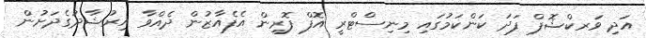
އަދި ވަރކްޝޮޕް ފަދަ ކަންކަމުގައި މިނިސްޓްރީ އޮފް ފޮރިން އެފެއާޒުން ދެއްވާ އިރުޝާދުގެދަށުން